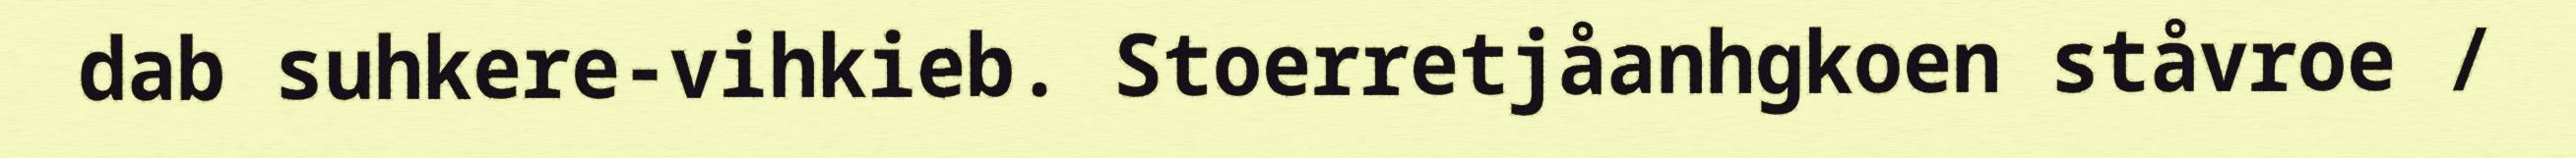
dab suhkere-vihkieb. Stoerretjåanhgkoen ståvroe /